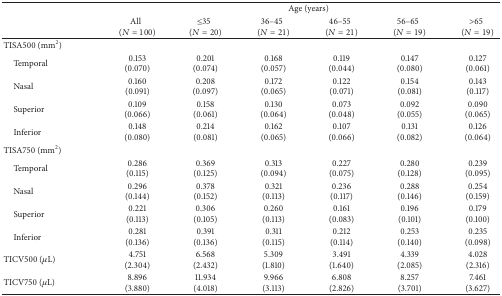
<table><thead><tr><td>[EMPTY_CELL]</td><td colspan="6"><b>Age (years)</b></td></tr><tr><td>[EMPTY_CELL]</td><td><b>All(<i>N</i> = 100)</b></td><td><b>≤35(<i>N</i> = 20)</b></td><td><b>36–45(<i>N</i> = 21)</b></td><td><b>46–55(<i>N</i> = 21)</b></td><td><b>56–65(<i>N</i> = 19)</b></td><td><b>&gt;65(<i>N</i> = 19)</b></td></tr></thead><tbody><tr><td>TISA500 (mm<sup>2</sup>)</td><td>[EMPTY_CELL]</td><td>[EMPTY_CELL]</td><td>[EMPTY_CELL]</td><td>[EMPTY_CELL]</td><td>[EMPTY_CELL]</td><td>[EMPTY_CELL]</td></tr><tr><td> Temporal</td><td>0.153 (0.070)</td><td>0.201 (0.074)</td><td>0.168 (0.057)</td><td>0.119 (0.044)</td><td>0.147 (0.080)</td><td>0.127 (0.061)</td></tr><tr><td> Nasal</td><td>0.160 (0.091)</td><td>0.208 (0.097)</td><td>0.172 (0.065)</td><td>0.122 (0.071)</td><td>0.154 (0.081)</td><td>0.143 (0.117)</td></tr><tr><td> Superior</td><td>0.109 (0.066)</td><td>0.158 (0.061)</td><td>0.130 (0.064)</td><td>0.073 (0.048)</td><td>0.092 (0.055)</td><td>0.090 (0.065)</td></tr><tr><td> Inferior</td><td>0.148 (0.080)</td><td>0.214 (0.081)</td><td>0.162 (0.065)</td><td>0.107 (0.066)</td><td>0.131 (0.082)</td><td>0.126 (0.064)</td></tr><tr><td>TISA750 (mm<sup>2</sup>)</td><td>[EMPTY_CELL]</td><td>[EMPTY_CELL]</td><td>[EMPTY_CELL]</td><td>[EMPTY_CELL]</td><td>[EMPTY_CELL]</td><td>[EMPTY_CELL]</td></tr><tr><td> Temporal</td><td>0.286 (0.115)</td><td>0.369 (0.125)</td><td>0.313 (0.094)</td><td>0.227 (0.075)</td><td>0.280 (0.128)</td><td>0.239 (0.095)</td></tr><tr><td> Nasal</td><td>0.296 (0.144)</td><td>0.378 (0.152)</td><td>0.321 (0.113)</td><td>0.236 (0.117)</td><td>0.288 (0.146)</td><td>0.254 (0.159)</td></tr><tr><td> Superior</td><td>0.221 (0.113)</td><td>0.306 (0.105)</td><td>0.260 (0.113)</td><td>0.161 (0.083)</td><td>0.196 (0.101)</td><td>0.179 (0.100)</td></tr><tr><td> Inferior</td><td>0.281 (0.136)</td><td>0.391 (0.136)</td><td>0.311 (0.115)</td><td>0.212 (0.114)</td><td>0.253 (0.140)</td><td>0.235 (0.098)</td></tr><tr><td>TICV500 (<i>μ</i>L)</td><td>4.751 (2.304)</td><td>6.568 (2.432)</td><td>5.309 (1.810)</td><td>3.491 (1.640)</td><td>4.339 (2.085)</td><td>4.028 (2.316)</td></tr><tr><td>TICV750 (<i>μ</i>L)</td><td>8.896 (3.880)</td><td>11.934 (4.018)</td><td>9.966 (3.113)</td><td>6.808 (2.826)</td><td>8.257 (3.701)</td><td>7.461 (3.627)</td></tr></tbody></table>